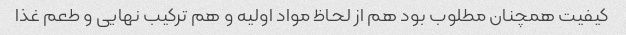
کیفیت همچنان مطلوب بود هم از لحاظ مواد اولیه و هم ترکیب نهایی و طعم غذا